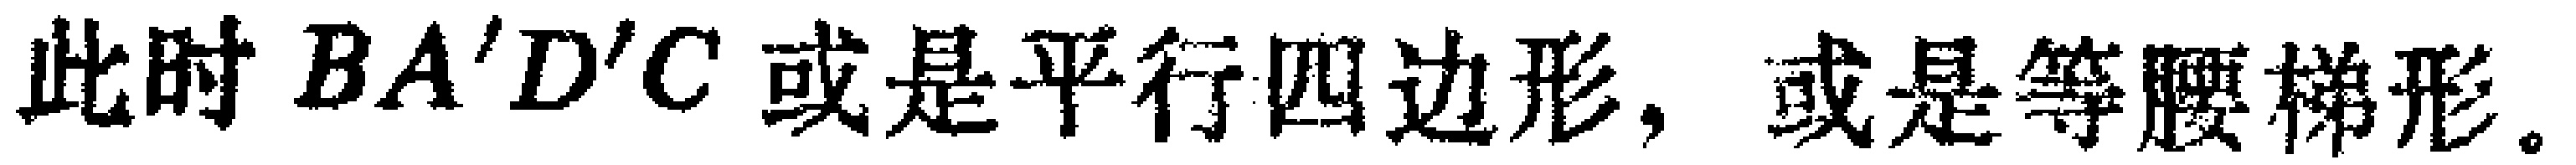
此时 \(BA'D'C\) 或是平行四边形, 或是等腰梯形。